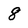
Character: 8